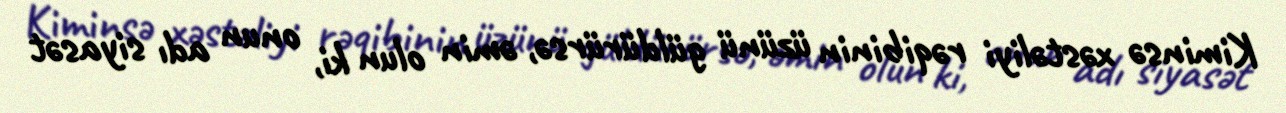
Kiminsə xəstəliyi rəqibinin üzünü güldürürsə, əmin olun ki, onun adı siyasət